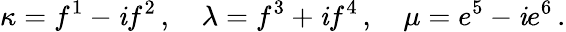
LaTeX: \kappa=f^{1}-\mathit{i}f^{2}\, ,\quad\lambda=f^{3}+\mathit{i}f^{4}\, ,\quad\mu=e^{5}-\mathit{i}e^{6}\, .